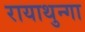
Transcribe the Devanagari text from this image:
रायाथुन्गा